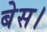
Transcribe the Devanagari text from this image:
बेस।